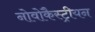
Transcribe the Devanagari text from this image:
नोवोकैस्ट्रीयन